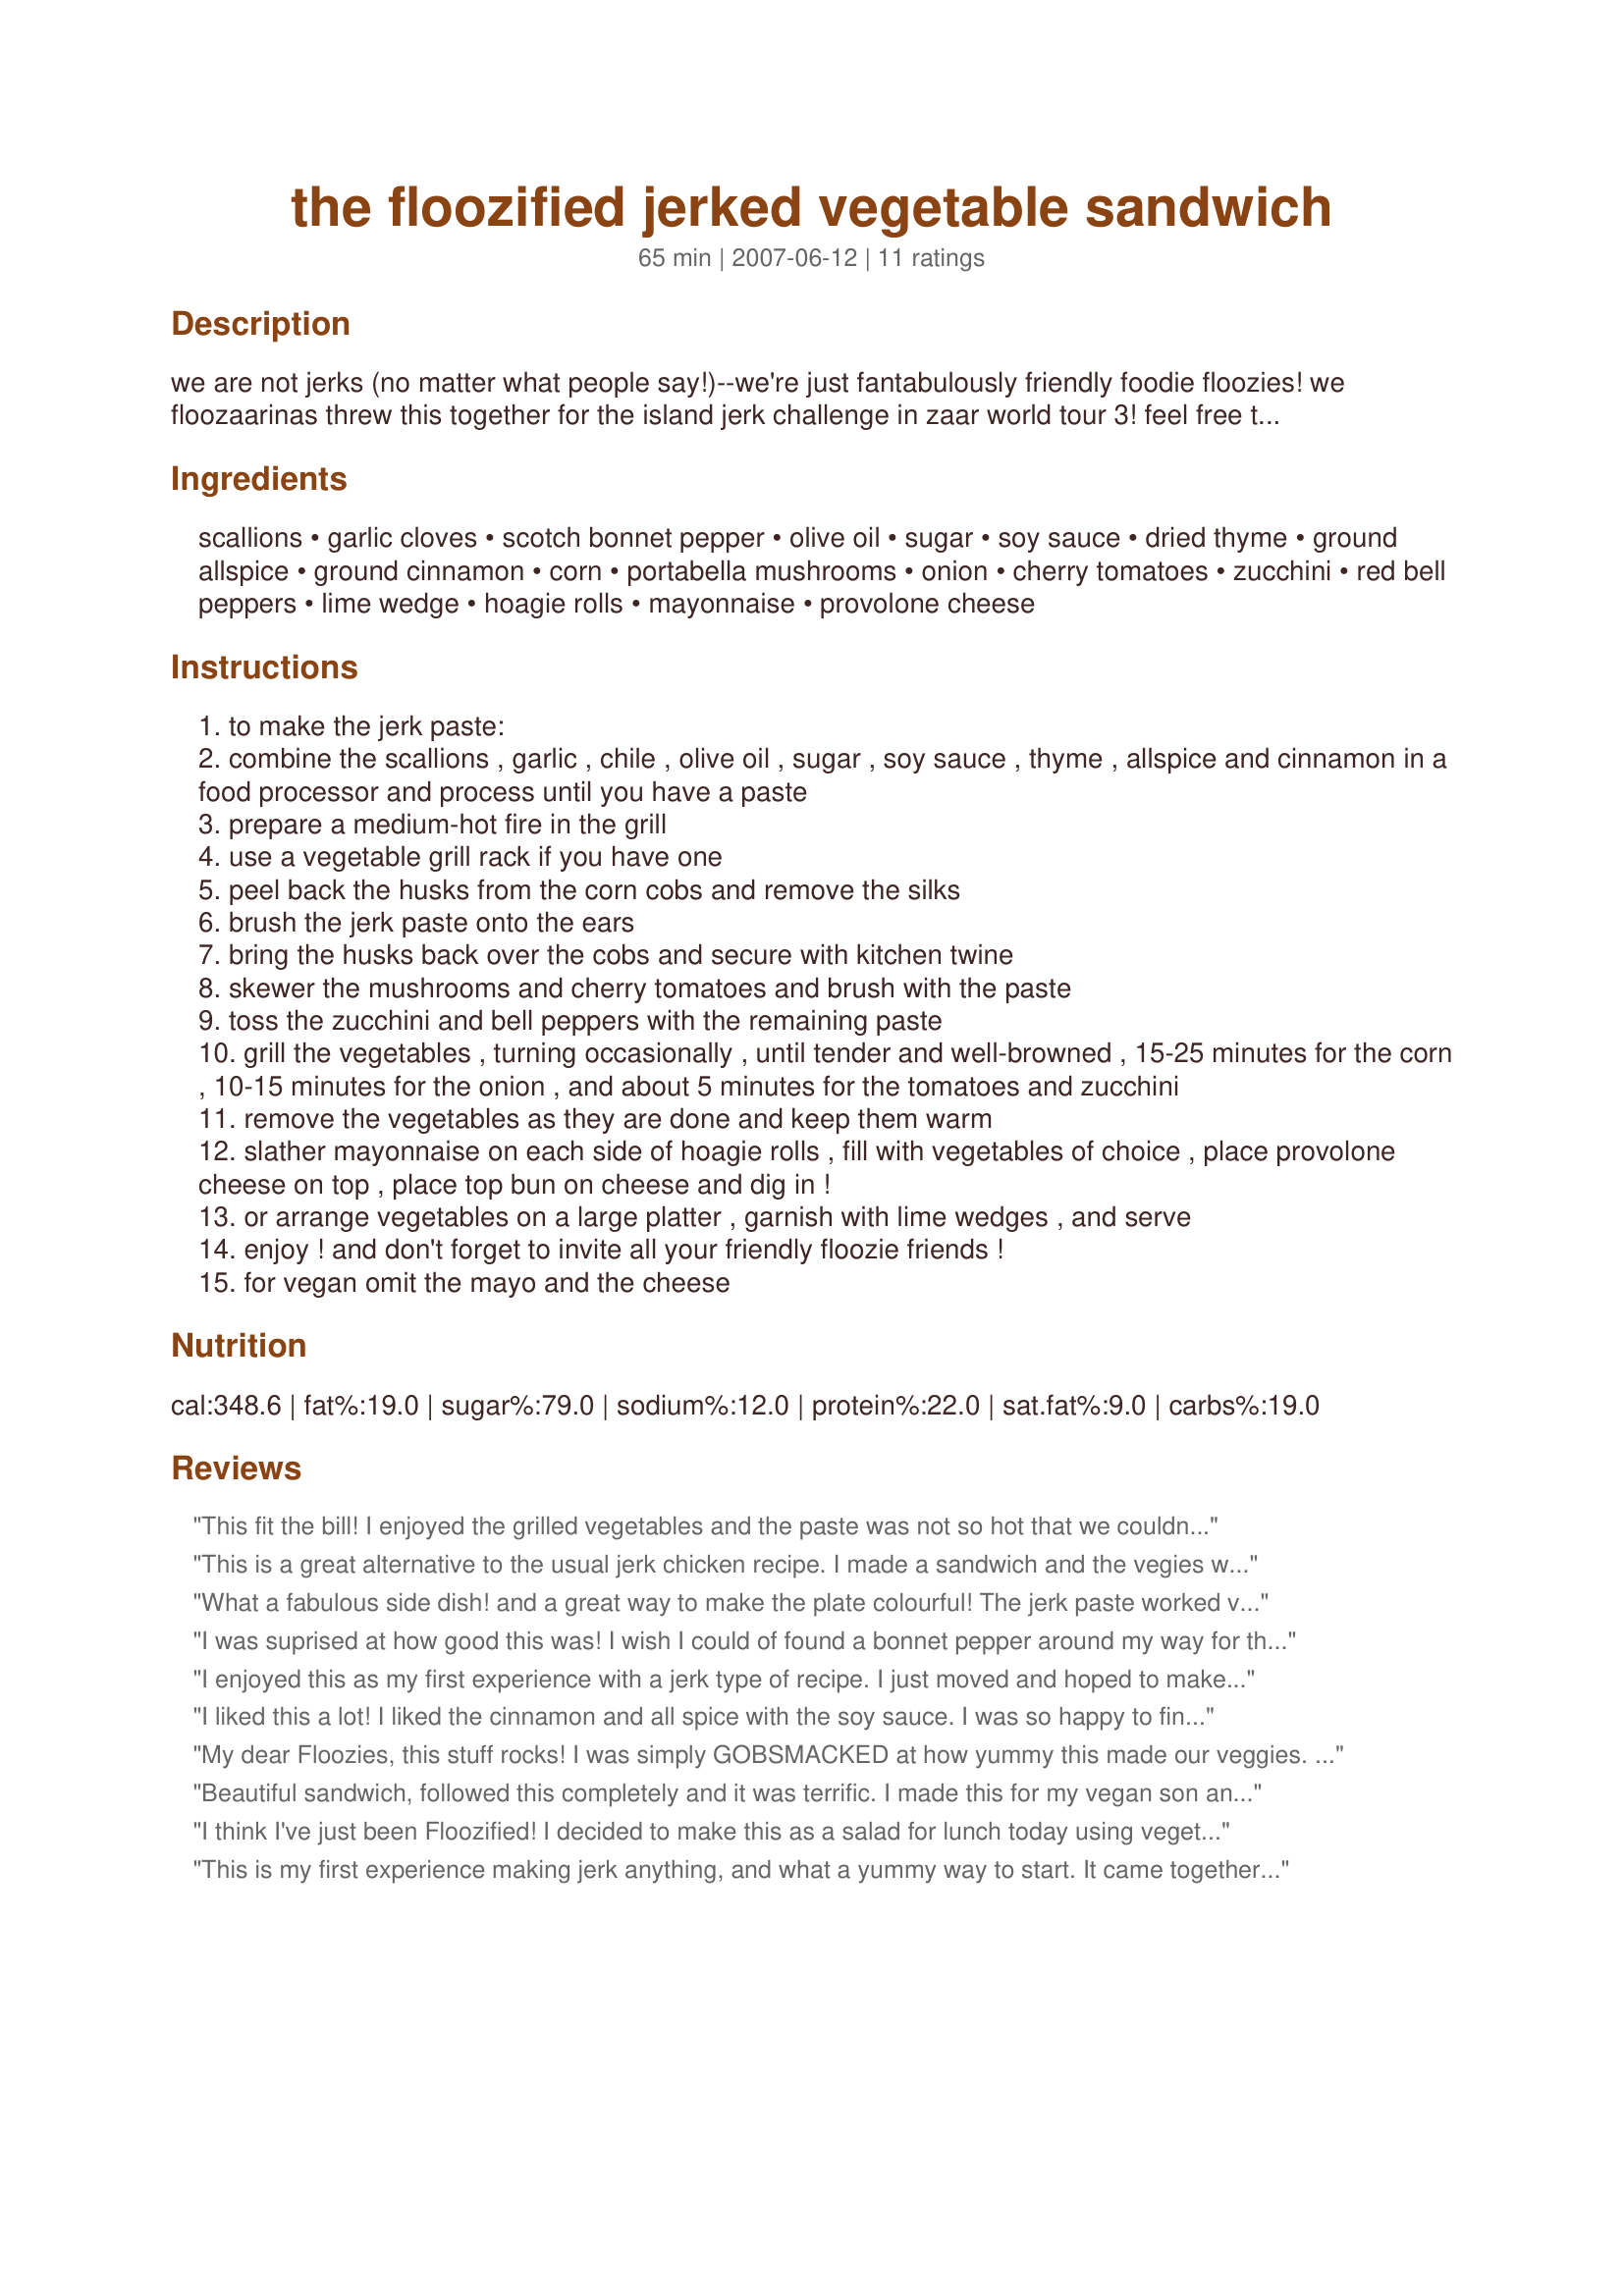
the floozified jerked vegetable sandwich
Preparation time: 65 minutes

we are not jerks (no matter what people say!)--we're just fantabulously friendly foodie floozies! we floozaarinas threw this together for the island jerk challenge in zaar world tour 3! feel free to use whichever vegetables you'd like and place on a platter or layer on as a sandwich. this easy recipe goes great with meat; keep things simple and cook it all together on the grill! remembering amy takes the sugar-she's just so sweet! auntie jan christo is our onion person while chef at heart is our allspicey chef. kim d. has a garden full of cherry tomatoes. then there's sharon123----the corny one in our little kitchen! dienia b. claims that she's a little acid/lime sometimes, and mulligan needs the garlic for her vampire-movie-loving hubby. heydarl chose soy sauce since she loves asian cooking & uses it a lot. meanwhile (like most of us) debber needs more thyme!

Ingredients:
scallions, garlic cloves, scotch bonnet pepper, olive oil, sugar, soy sauce, dried thyme, ground allspice, ground cinnamon, corn, portabella mushrooms, onion, cherry tomatoes, zucchini, red bell peppers, lime wedge, hoagie rolls, mayonnaise, provolone cheese

Steps:
to make the jerk paste:
combine the scallions , garlic , chile , olive oil , sugar , soy sauce , thyme , allspice and cinnamon in a food processor and process until you have a paste
prepare a medium-hot fire in the grill
use a vegetable grill rack if you have one
peel back the husks from the corn cobs and remove the silks
brush the jerk paste onto the ears
bring the husks back over the cobs and secure with kitchen twine
skewer the mushrooms and cherry tomatoes and brush with the paste
toss the zucchini and bell peppers with the remaining paste
grill the vegetables , turning occasionally , until tender and well-browned , 15-25 minutes for the corn , 10-15 minutes for the onion , and about 5 minutes for the tomatoes and zucchini
remove the vegetables as they are done and keep them warm
slather mayonnaise on each side of hoagie rolls , fill with vegetables of choice , place provolone cheese on top , place top bun on cheese and dig in !
or arrange vegetables on a large platter , garnish with lime wedges , and serve
enjoy ! and don't forget to invite all your friendly floozie friends !
for vegan omit the mayo and the cheese

Reviews:
This fit the bill! I enjoyed the grilled vegetables and the paste was not so hot that we couldn't enjoy our sandwiches. I'll use that past recipe again but next time we do these sandwiches I will remember to add onions, I sadly missed these in this recipe. ZWT3
This is a great alternative to the usual jerk chicken recipe. I made a sandwich and the vegies were so juicy! We plan to make this several times this summer with vegies from our garden!
What a fabulous side dish! and a great way to make the plate colourful! The jerk paste worked very well, thanks Floozies!
I was suprised at how good this was! I wish I could of found a bonnet pepper around my way for the true taste but substitued Jalepeno and honey instead of sugar. Added a very nice spicy to the veggies I especially liked it on the corn. I served mine along with some chicken. Will use again TY FFFF
I enjoyed this as my first experience with a jerk type of recipe. I just moved and hoped to make it on an outdoor grill before the ZWT3 ended BUT I did not get settled in in time so attempted it on an indoor electric grill. The results were still awesome...particularly the corn!!! I liked the "KICK" of the sweet and spice flavor in the paste!! We skewered some of our veggies and grilled extra on the grill top plate ...they worked both ways but were more "well done" off the skewers. I served the veggies as a platter the first night and in true ZWT mode, made tortilla rolls with melted provolone cheese out of the leftovers the following night!! A Fabulous Floozie Food Treat - Fantastic!!! More F's for flavor and fun!!! FIVE STARS! Thanks for sharing!!!
I liked this a lot! I liked the cinnamon and all spice with the soy sauce. I was so happy to find a veggitarian version for the Jerk challange! The sauce was a great way to dress up my corn. I wasn't in the mood for a sandwich though, so I put it all on lettuce to make a salad!
My dear Floozies, this stuff rocks! I was simply GOBSMACKED at how yummy this made our veggies. I put out a variety of cheeses and some flavored mayos for my friends to make their own veggie sandwich and the reviews were nothing short of glowing! A great addition to our BBQ! Reviewed for ZWT3
Beautiful sandwich, followed this completely and it was terrific. I made this for my vegan son and all the rest of the family joined it as well. The jerk paste was very good, and spicy, but not so hot you couldn't enjoy the taste of the vegetables.
We will making this quite often this summer, this is just a terrific way to use the garden vegetables. Thanks! *ZWT3 07*
I think I've just been Floozified! I decided to make this as a salad for lunch today using vegetables I had on hand. My list included corn, onions, portobellos, zucchini and red peppers and I added to that yellow squash and peppers, carrots, and plantains. Also I roasted my veggies in the oven at 425 for 20 minutes or so. I just loved the jerk paste which was full of flavor with a huge kick. Despite the heat, the other flavors did come through and I will certainly make this again. We ate this with fresh pinepple sliced for dessert with the meal to cool our tongues. Definitely not for kids.
This is my first experience making jerk anything, and what a yummy way to start. It came together very easily. I added two peeled and diced sweet potatoes to the veggie mixture, and roasted it all in the oven -- it's winter in Australia. It gave the kitchen a wonderful perfume, but the allspice was an overpowering flavour for me. In future I'd cut back to a teaspoon. The heat was perfect. Thanks Floozies for a jerk with flair. Made and enjoyed for Zaar World Tour.
This is my first experience with "jerked'anything and these vegies were terrific.As it is winter here I had to roast them inside and then served them on a platter -they were too juicy for a sandwich and I sprinkled them with fetta cheese. Made for ZWT3 and I am grateful to have futhered my culinary education so thanks to the Floozies.
